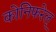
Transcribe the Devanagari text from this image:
कोनिफरेल्